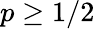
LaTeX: p\geq 1/2